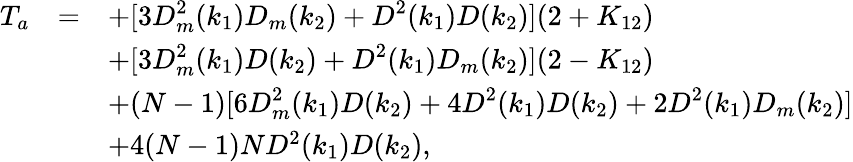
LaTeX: \begin{array}{rcl}{{T_{a}}}&{{=}}&{{\displaystyle+[3D_{m}^{2}(k_{1})D_{m}(k_{2})+D^{2}(k_{1})D(k_{2})](2+K_{12})}}\\ {{}}&{{}}&{{\displaystyle+[3D_{m}^{2}(k_{1})D(k_{2})+D^{2}(k_{1})D_{m}(k_{2})](2-K_{12})}}\\ {{}}&{{}}&{{\displaystyle+(N-1)[6D_{m}^{2}(k_{1})D(k_{2})+4D^{2}(k_{1})D(k_{2})+2D^{2}(k_{1})D_{m}(k_{2})]}}\\ {{}}&{{}}&{{+4(N-1)ND^{2}(k_{1})D(k_{2}),}}\end{array}